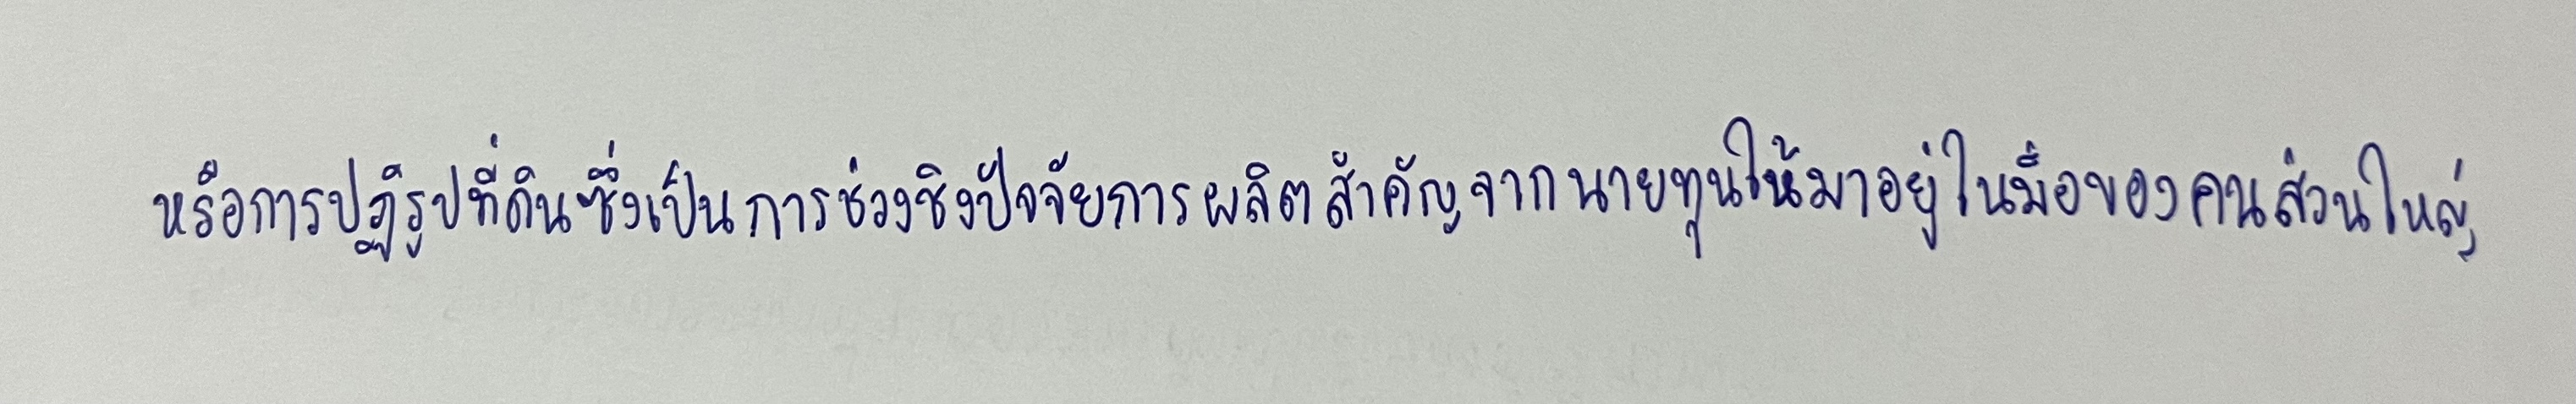
หรือการปฏิรูปที่ดินซึ่งเป็นการช่วงชิงปัจจัยการผลิตสำคัญจากนายทุนให้มาอยู่ในมือของคนส่วนใหญ่